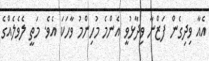
އެއާ ވިދިގެން ފަޒްނާ ވިދާޅުވީ އެންމެ މުހިންމު ވާހަކަ އެވެ. މަތީ ލެވެލެއްގެ